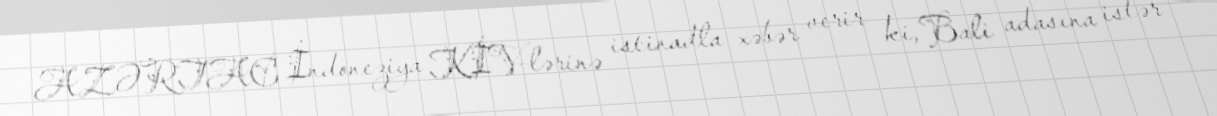
AZƏRTAC İndoneziya KİV-lərinə istinadla xəbər verir ki, Bali adasına istər